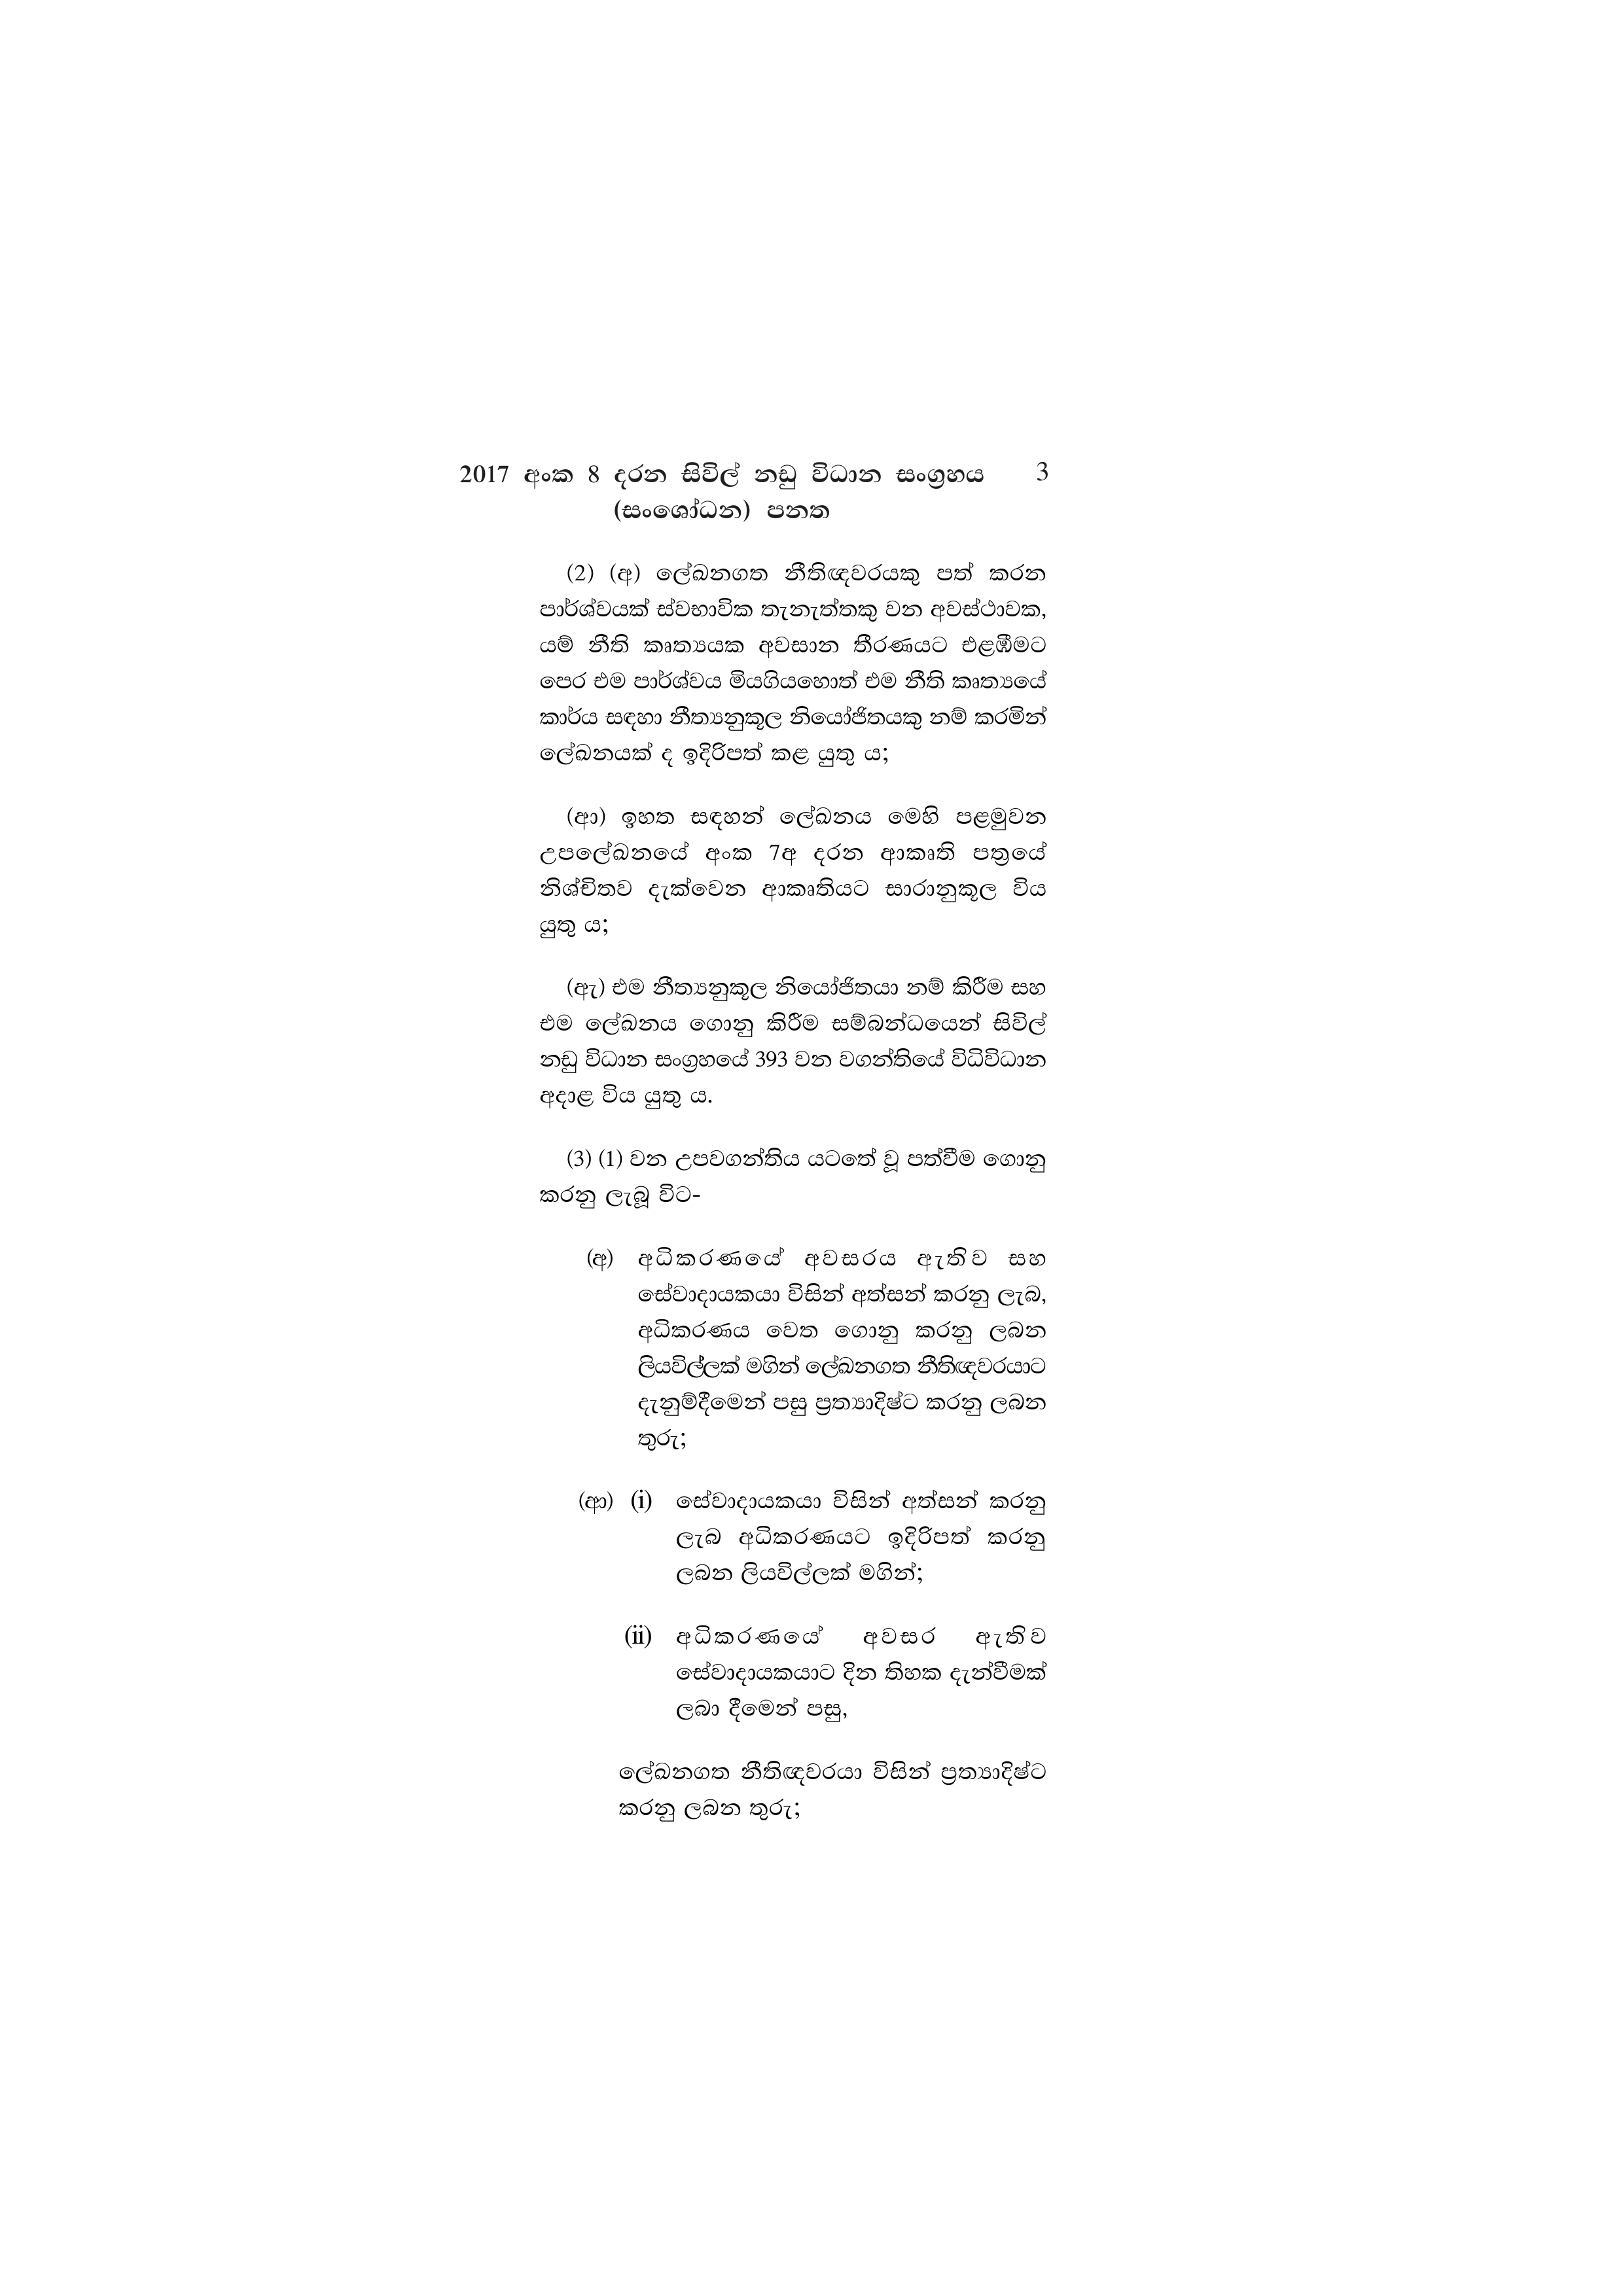
2017 අංක 8 දරන සිවිල් නඩු විධාන සංග්‍රහය 3
(සංශෝධන) පනත

(2) (අ) ලේඛනගත නීතිඥවරයකු පත් කරන
පාර්ශ්වයක් ස්වභාවික තැනැත්තකු වන අවස්ථාවක,
යම් නීති කෘත්‍යයක අවසාන තීරණයට එළඹීමට
පෙර එම පාර්ශ්වය මියගියහොත් එම නීති කෘත්‍යයේ
කාර්ය සඳහා නීත්‍යනුකූල නියෝජිතයකු නම් කරමින්
ලේඛනයක් ද ඉදිරිපත් කළ යුතු ය;

(ආ) ඉහත සඳහන් ලේඛනය මෙහි පළමුවන
උපලේඛනයේ අංක 7අ දරන ආකෘති පත්‍රයේ
නිශ්චිතව දැක්වෙන ආකෘතියට සාරානුකූල විය
යුතු ය;

(ඇ) එම නීත්‍යනුකූල නියෝජිතයා නම් කිරීම සහ
එම ලේඛනය ගොනු කිරීම සම්බන්ධයෙන් සිවිල්
නඩු විධාන සංග්‍රහයේ 393 වන වගන්තියේ විධිවිධාන
අදාළ විය යුතු ය.

(3) (1) වන උපවගන්තිය යටතේ වූ පත්වීම ගොනු
කරනු ලැබූ විට-

(අ) අධිකරණයේ අවසරය ඇතිව සහ
සේවාදායකයා විසින් අත්සන් කරනු ලැබ,
අධිකරණය වෙත ගොනු කරනු ලබන
ලියවිල්ලක් මගින් ලේඛනගත නීතිඥවරයාට
දැනුම්දීමෙන් පසු ප්‍රත්‍යාදිෂ්ට කරනු ලබන
තුරු;

(ආ) (i) සේවාදායකයා විසින් අත්සන් කරනු
ලැබ අධිකරණයට ඉදිරිපත් කරනු
ලබන ලියවිල්ලක් මගින්;

(ii) අධිකරණයේ අවසර ඇතිව
සේවාදායකයාට දින තිහක දැන්වීමක්
ලබා දීමෙන් පසු,

ලේඛනගත නීතිඥවරයා විසින් ප්‍රත්‍යාදිෂ්ට
කරනු ලබන තුරු;